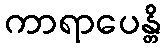
ကာရာပေန္တိ